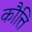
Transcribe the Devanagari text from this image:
कौत्ति